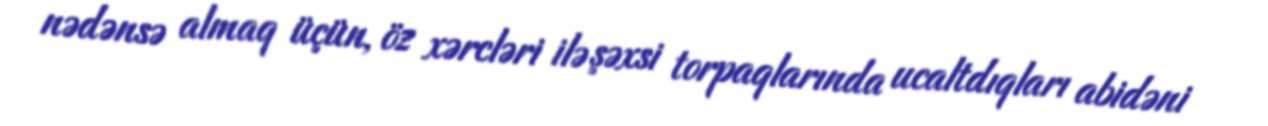
nədənsə almaq üçün, öz xərcləri ilə şəxsi torpaqlarında ucaltdıqları abidəni